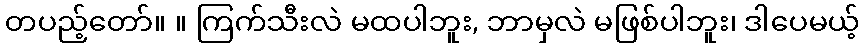
တပည့်တော်။ ။ ကြက်သီးလဲ မထပါဘူး, ဘာမှလဲ မဖြစ်ပါဘူး၊ ဒါပေမယ့်